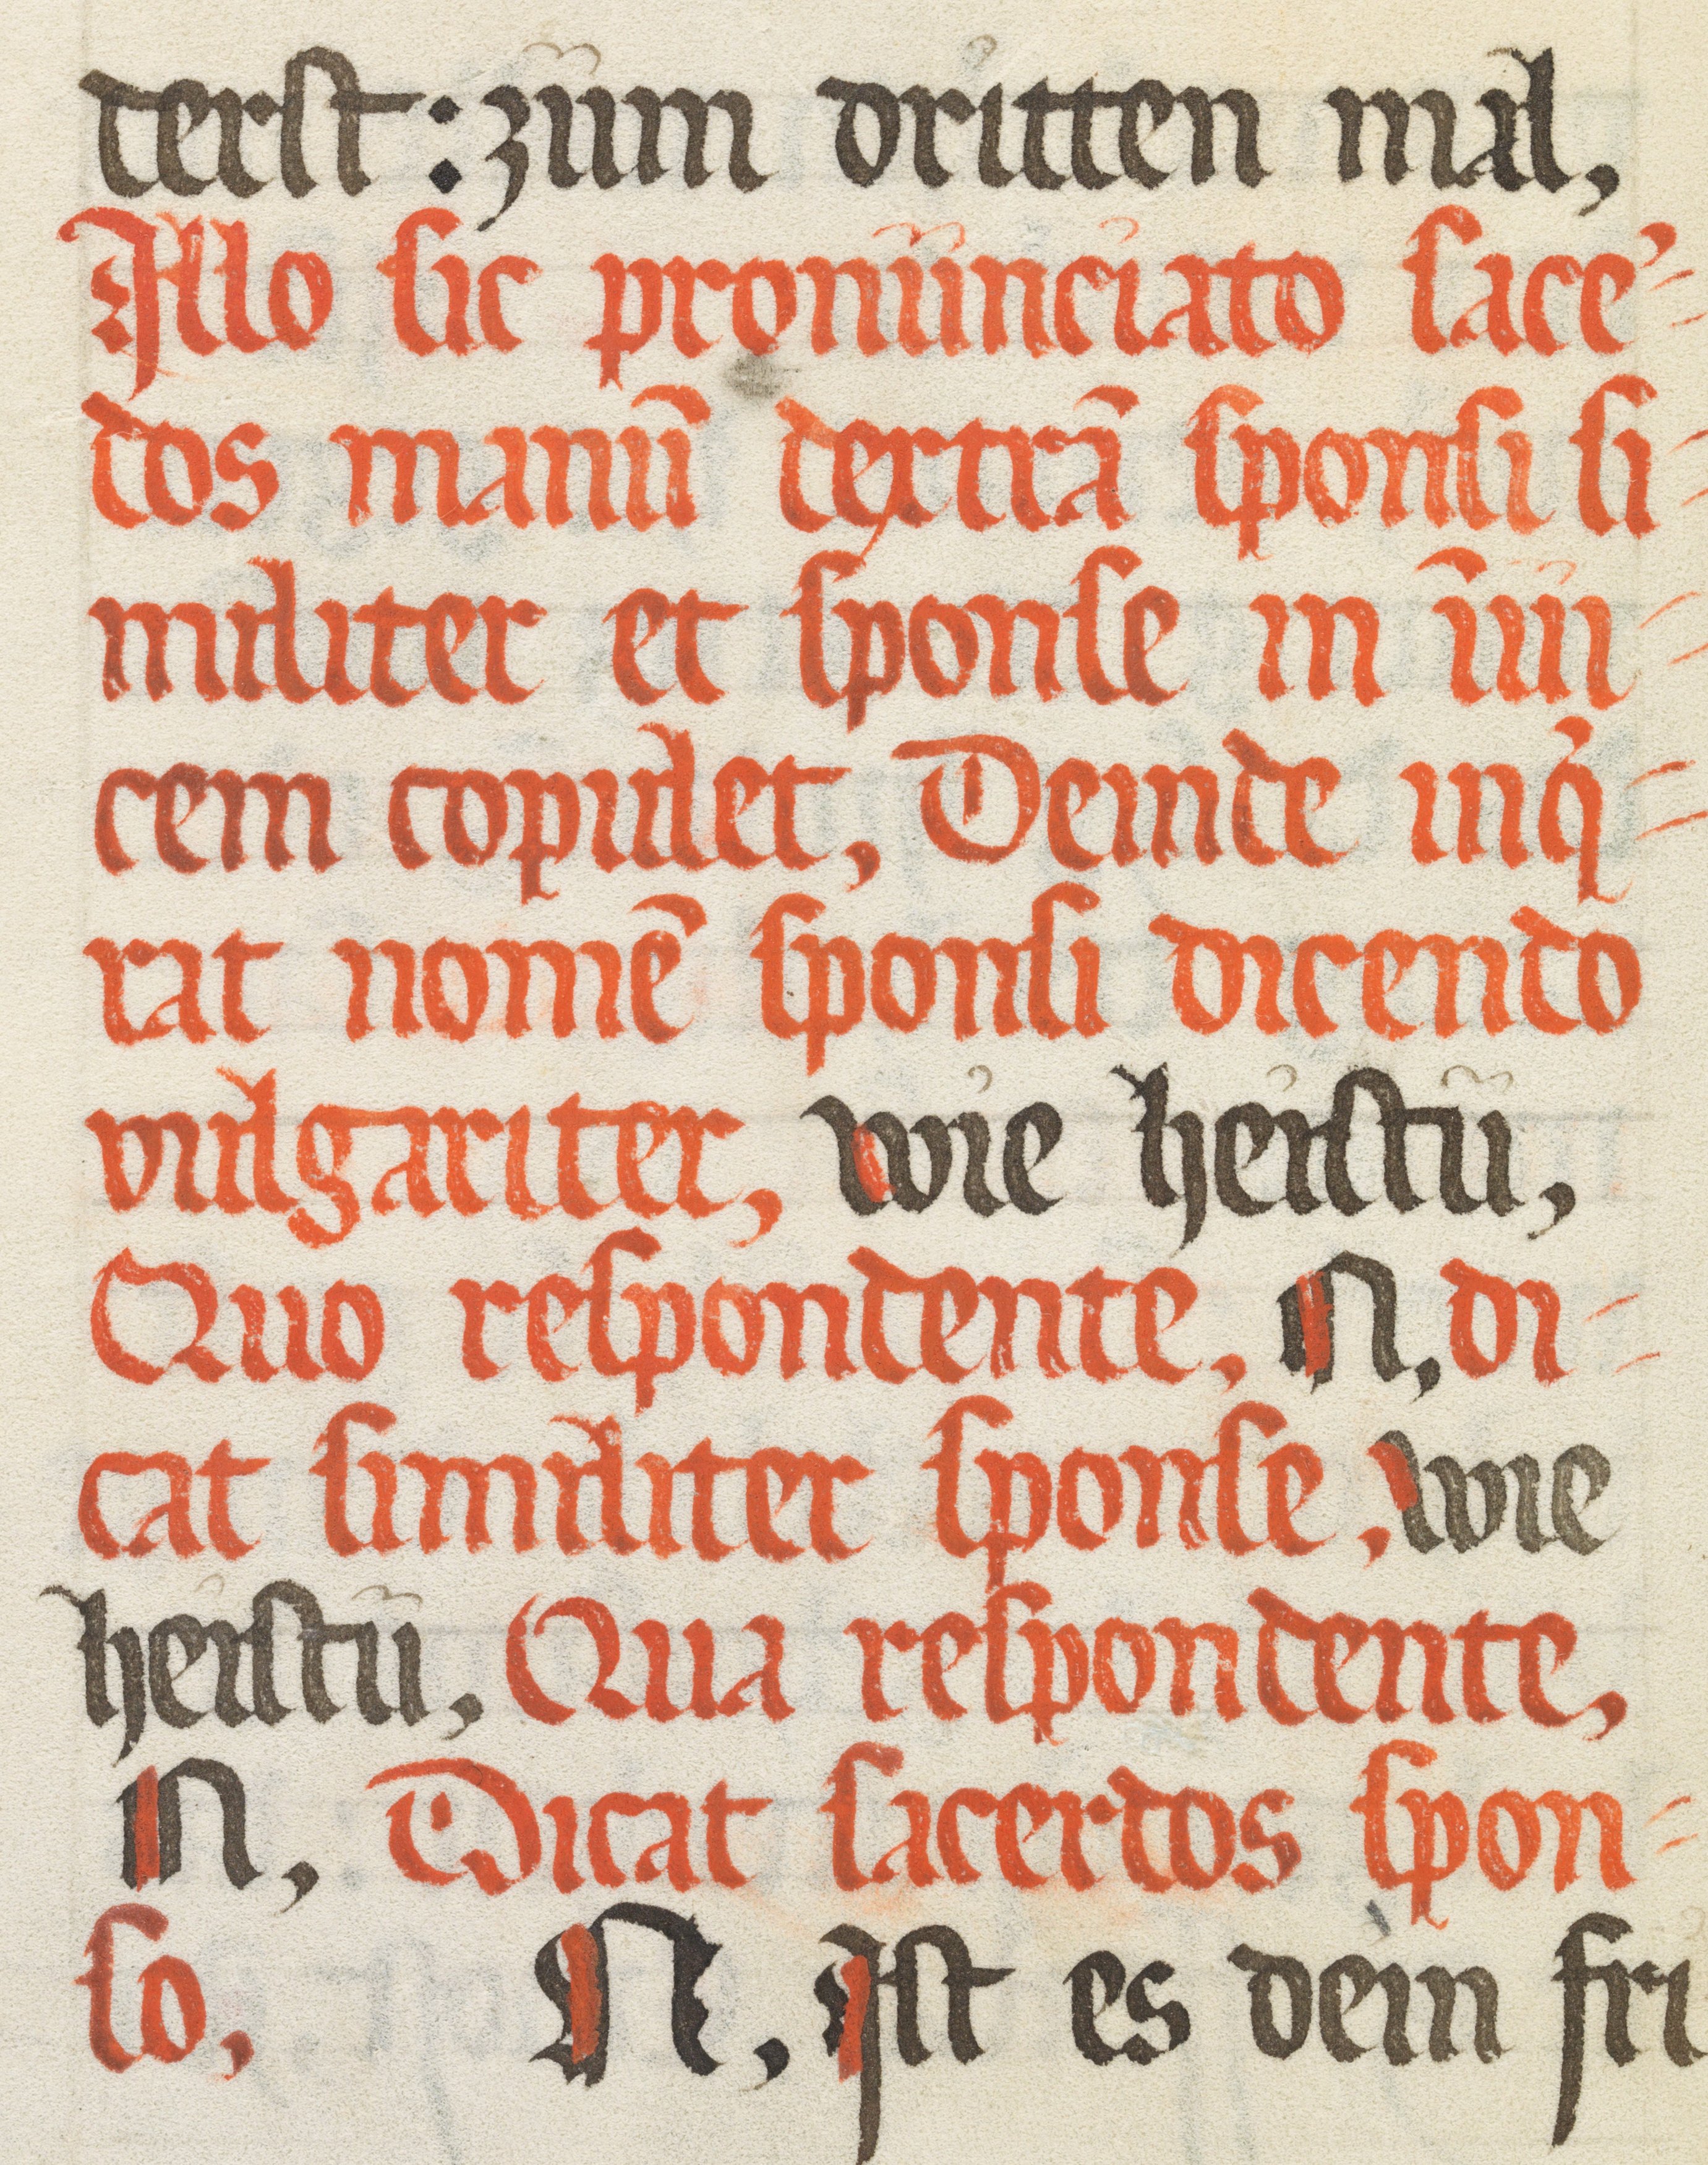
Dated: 1500–1599